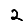
Digit: 2